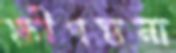
ক্ষীণস্তনা